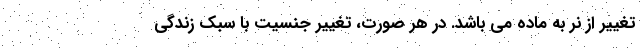
تغییر از نر به ماده می باشد. در هر صورت، تغییر جنسیت با سبک زندگی